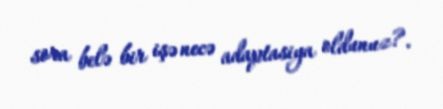
sora belə bir işə necə adaptasiya oldunuz?.